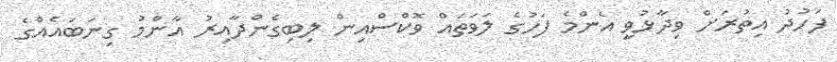
ފަހުދު އިތުރަށް ވިދާޅުވީ އެންމެ ފަހުގެ ލަވަތައް ވޮކްސްއިން ލިބިގެންދާއިރު އާންމު ގިނަބައެއްގެ